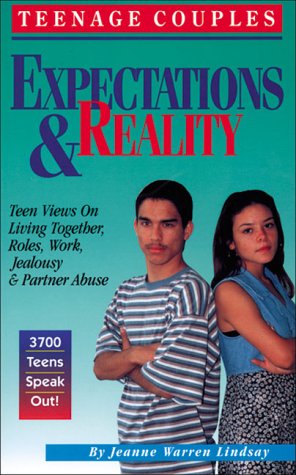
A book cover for Teenage CouplesEEExpectations & Reality: Teen Views on Living Together, Roles, Work, Jealousy & Partner Abuse (Teen Pregnancy and Parenting series); Jeanne Warren Lindsay; Teen & Young Adult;